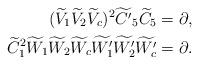
LaTeX: \begin{align*}(\widetilde{V}_1 \widetilde{V}_2 \widetilde{V}_c)^2 \widetilde{C^\prime}_5 \widetilde{C}_5 = \partial, \\\widetilde{C}_1^2 \widetilde{W}_1 \widetilde{W}_2 \widetilde{W}_c \widetilde{W_1^\prime} \widetilde{W_2^\prime} \widetilde{W_c^\prime} = \partial. \end{align*}